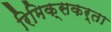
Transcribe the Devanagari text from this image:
रिमिक्सकर्ता